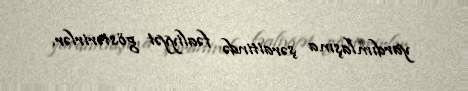
yardımlaşma şəraitində fəaliyyət göstərirlər.